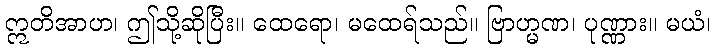
ဣတိအာဟ၊ ဤသို့ဆိုပြီး။ ထေရော၊ မထေရ်သည်။ ဗြာဟ္မဏ၊ ပုဏ္ဏား။ မယံ၊